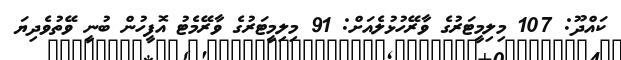
ކައްދޫ: 107 މިލިމީޓަރުގެ ވާރޭހުޅުލެއަށް: 91 މިލިމީޓަރުގެ ވާރޭމެޓު އޮފީހުން ބުނީ ވޭތުވެދިޔަ